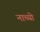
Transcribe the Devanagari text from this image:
नाच्यो